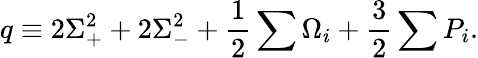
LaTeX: q\equiv 2\Sigma_{+}^{2}+2\Sigma_{-}^{2}+\frac{1}{2}\sum\Omega_{i}+\frac{3}{2}\sum P_{i}.